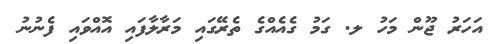
އަހަރު ޖޫން މަހު ލ. ގަމު ގެއެއްގެ ތެރޭގައި މަރާލާފައި އޮއްވައި ފެނުނު